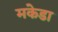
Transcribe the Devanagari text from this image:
मकेडा